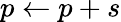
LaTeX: p\gets p+s